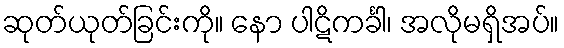
ဆုတ်ယုတ်ခြင်းကို။ နော ပါဋိကင်္ခါ၊ အလိုမရှိအပ်။